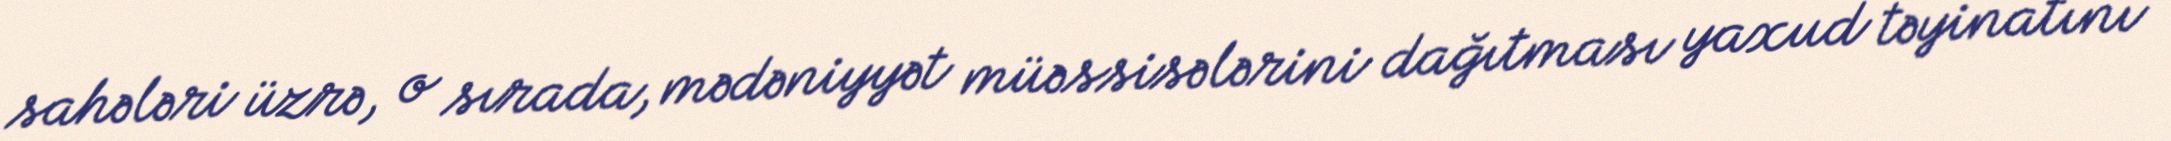
sahələri üzrə, o sırada, mədəniyyət müəssisələrini dağıtması yaxud təyinatını